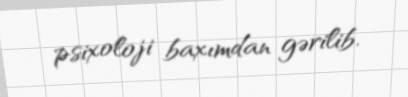
psixoloji baxımdan gərilib.